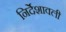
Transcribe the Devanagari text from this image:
निर्देशावली